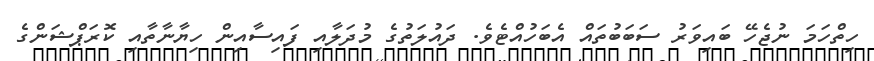
ހިތްހަމަ ނުޖެހޭ ބައިވަރު ސަބަބުތައް އެބަހުއްޓެވެ. ދައުލަތުގެ މުދަލާއި ފައިސާއިން ހިޔާނާތާއި ކޮރަޕްޝަންގެ